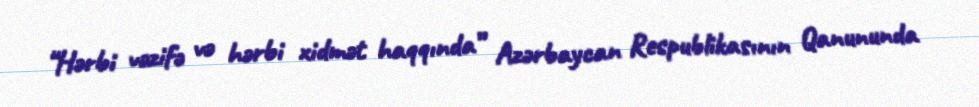
“Hərbi vəzifə və hərbi xidmət haqqında” Azərbaycan Respublikasının Qanununda